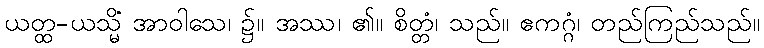
ယတ္ထ-ယသ္မိံ အာဝါသေ၊ ၌။ အဿ၊ ၏။ စိတ္တံ၊ သည်။ ဧကဂ္ဂံ၊ တည်ကြည်သည်။